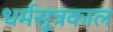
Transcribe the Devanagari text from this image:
धर्मसूत्रकाल